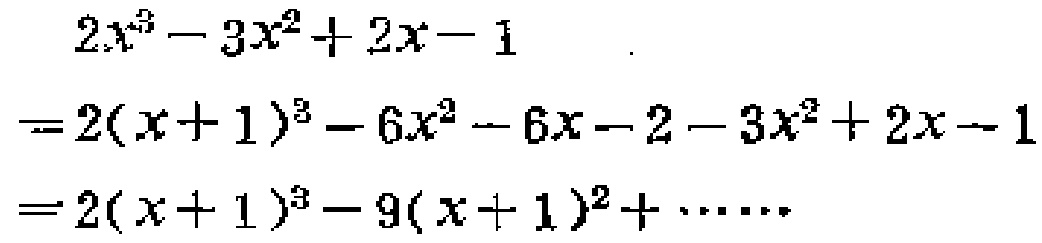
\[
\begin{align*}
&2x^{3}-3x^{2}+2x - 1\\
=&2(x + 1)^{3}-6x^{2}-6x-2-3x^{2}+2x - 1\\
=&2(x + 1)^{3}-9(x + 1)^{2}+\cdots\cdots
\end{align*}
\]